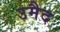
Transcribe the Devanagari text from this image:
उमैद